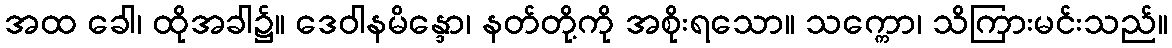
အထ ခေါ၊ ထိုအခါ၌။ ဒေဝါနမိန္ဒော၊ နတ်တို့ကို အစိုးရသော။ သက္ကော၊ သိကြားမင်းသည်။